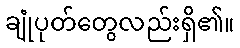
ချုံပုတ်တွေလည်းရှိ၏။